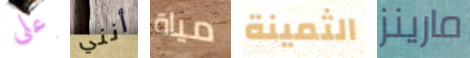
على أنني مياة الثمينة مارينز